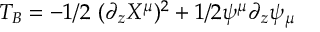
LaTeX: T _ { B } = - 1 / 2 \ ( \partial _ { z } X ^ { \mu } ) ^ { 2 } + 1 / 2 \psi ^ { \mu } \partial _ { z } \psi _ { \mu }